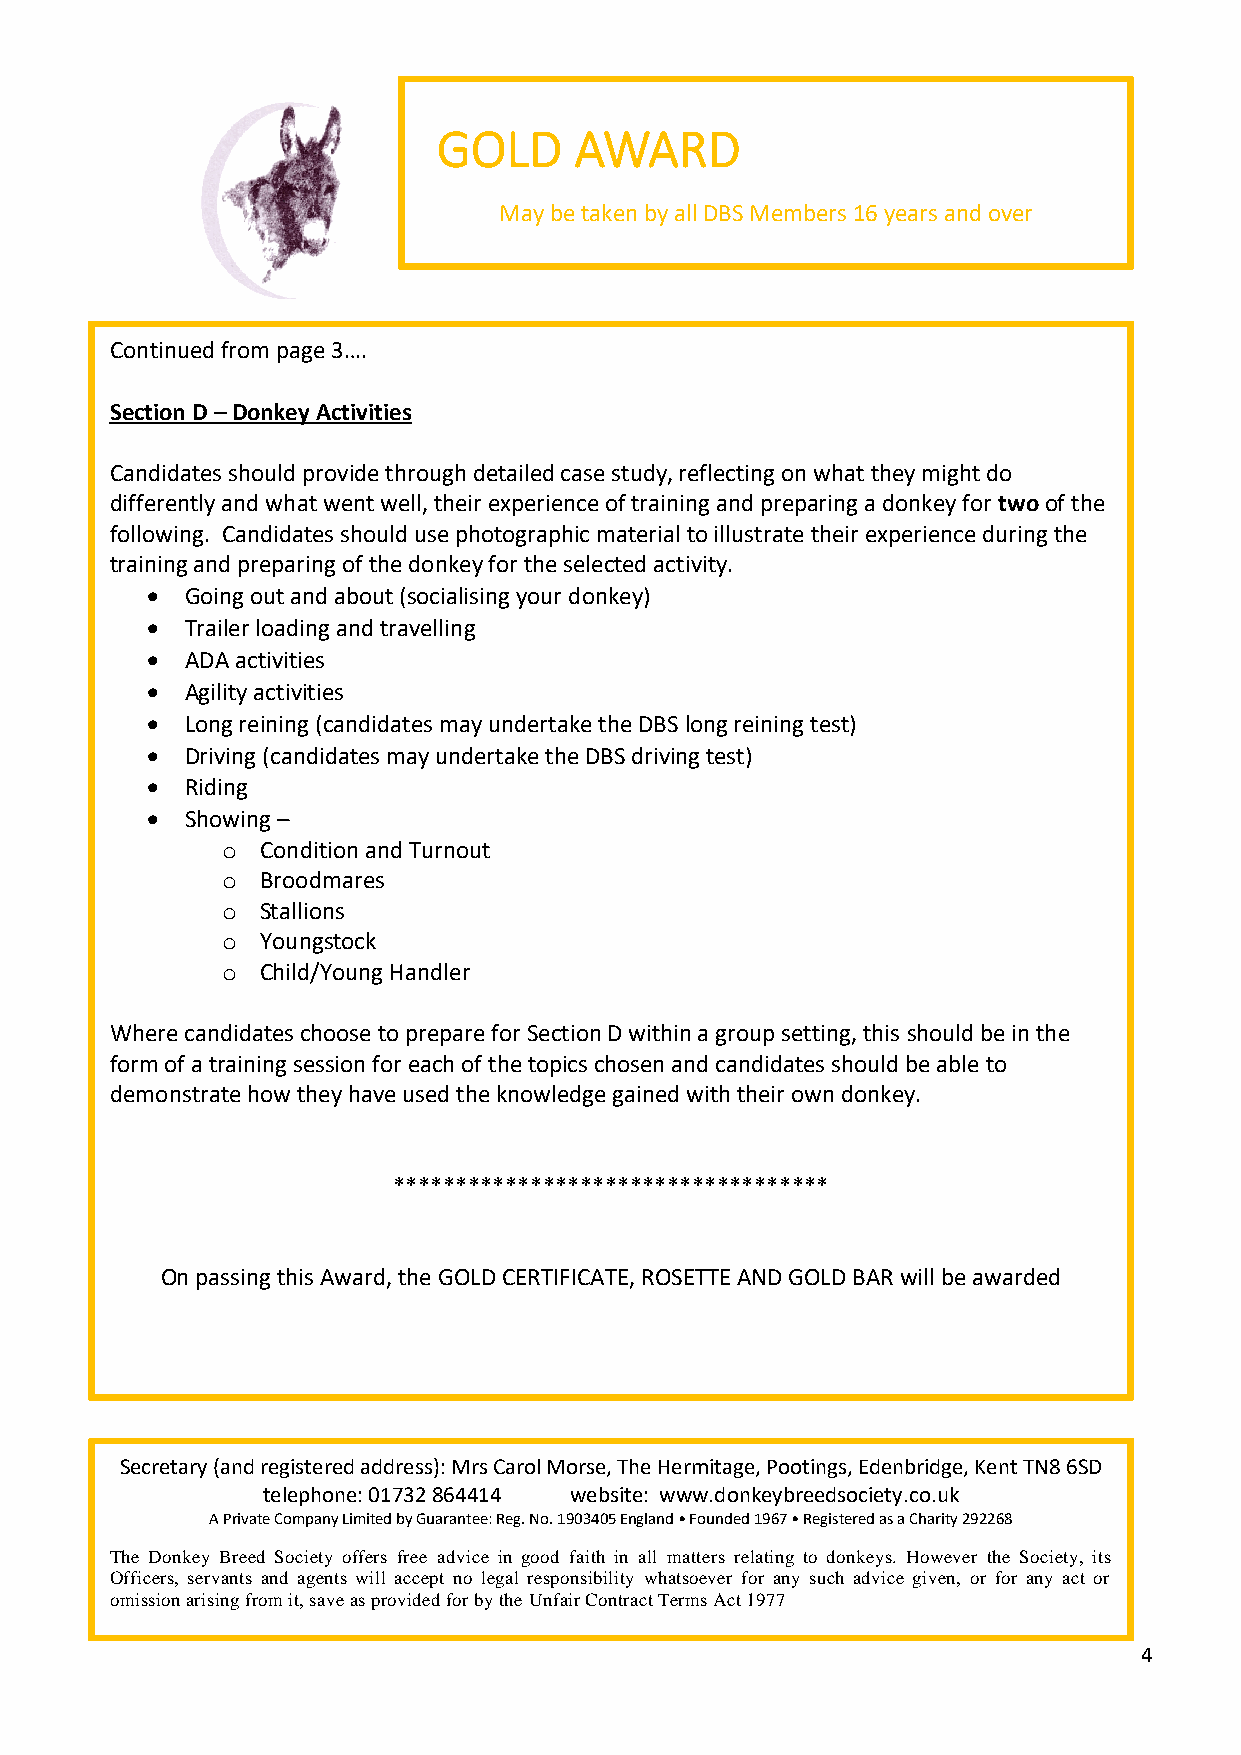
GOLD     AWARD
 May be taken by all DBS Members 16 years and over
 Continued from page 3….
 Section D – Donkey Activities
 Candidates should provide through detailed case study, reflecting on what they might do
 differently and what went well, their experience of training and preparing a donkey for two of the
 following. Candidates should use photographic material to illustrate their experience during the
 training and preparing of the donkey for the selected activity.
 • Going out and about (socialising your donkey)
 • Trailer loading and travelling
 • ADA activities
 • Agility activities
 • Long reining (candidates may undertake the DBS long reining test)
 • Driving (candidates may undertake the DBS driving test)
 • Riding
 • Showing –
 o Condition and Turnout
 o Broodmares
 o Stallions
 o Youngstock
 o Child/Young Handler
 Where candidates choose to prepare for Section D within a group setting, this should be in the
 form of a training session for each of the topics chosen and candidates should be able to
 demonstrate how they have used the knowledge gained with their own donkey.
 ***********************************
 On passing this Award, the GOLD CERTIFICATE, ROSETTE AND GOLD BAR will be awarded
 Secretary (and registered address): Mrs Carol Morse, The Hermitage, Pootings, Edenbridge, Kent TN8 6SD
 telephone: 01732 864414 website: www.donkeybreedsociety.co.uk
 A Private Company Limited by Guarantee: Reg. No. 1903405 England • Founded 1967 • Registered as a Charity 292268
 The Donkey Breed Society offers free advice in good faith in all matters relating to donkeys. However the Society, its
 Officers, servants and agents will accept no legal responsibility whatsoever for any such advice given, or for any act or
 omission arising from it, save as provided for by the Unfair Contract Terms Act 1977
 4